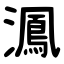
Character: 㵯